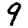
Digit: 9